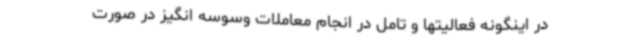
در اینگونه فعالیتها و تامل در انجام معاملات وسوسه‌ انگیز در صورت